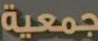
جمعية